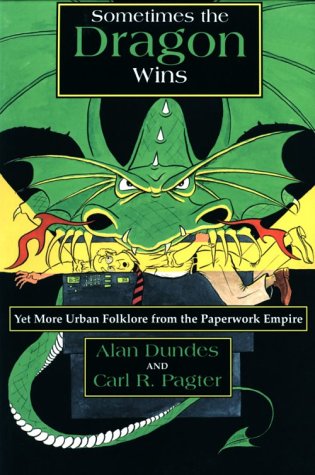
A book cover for Sometimes the Dragon Wins: Yet More Urban Folklore from the Paperwork Empire; Alan Dundes; Humor & Entertainment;